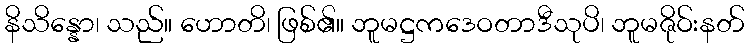
နိသိန္နော၊ သည်။ ဟောတိ၊ ဖြစ်၏။ ဘူမဋ္ဌကဒေဝတာဒီသုပိ၊ ဘူမဇိုဝ်းနတ်